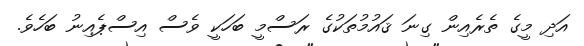
އަދި މީގެ ތެރެއިން ގިނަ ޤައުމުތަކުގެ ރަސްމީ ބަހަކީ ވެސް އިސްޕެއިނު ބަހެވެ.